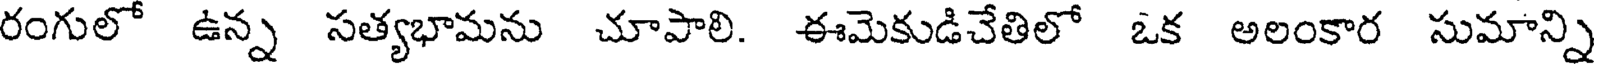
రంగులో ఉన్న సత్యభామను చూపాలి. ఈమెకుడిచేతిలో ఒక అలంకార సుమాన్ని